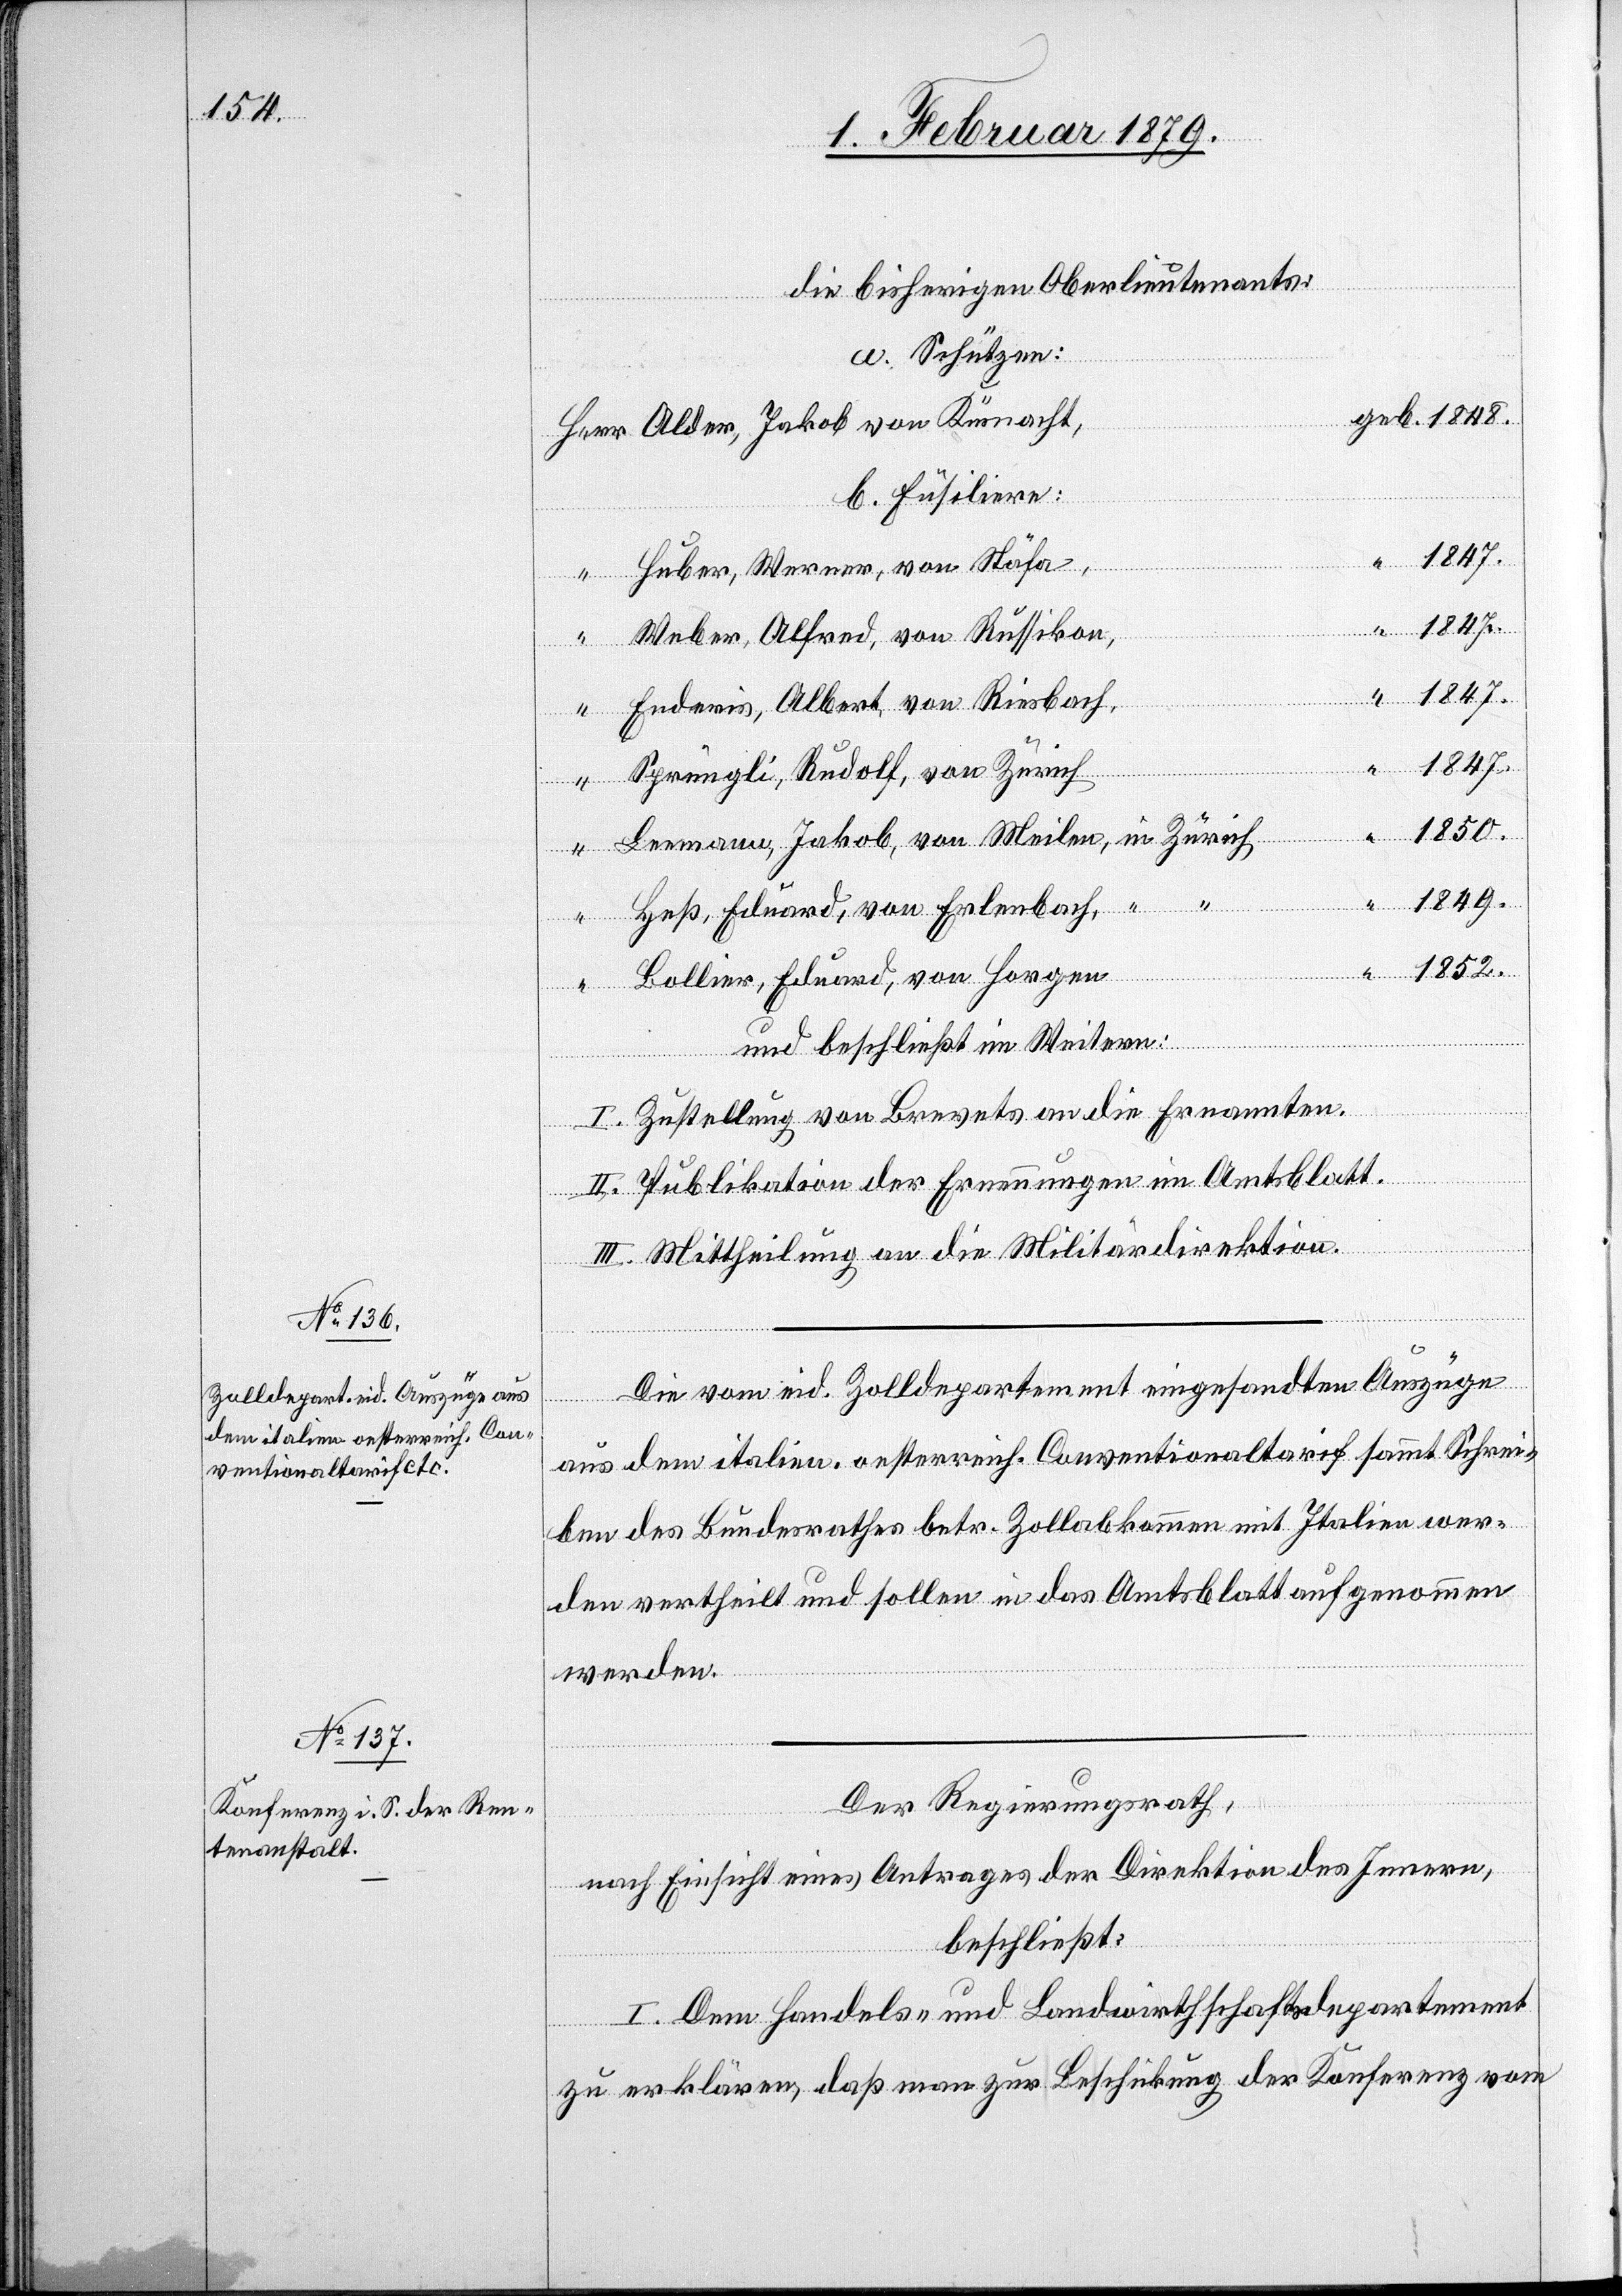
die bisherigen Oberlieutenants:
a. Schützen:
Alder, Jakob von Küsnacht,
b. Füsiliere:
“
Huber, Werner, von Stäfa,
1847.
Weber, Alfred, von Russikon,
Herr
Enderis, Albert, von Riesbach,
“
1847.
“
Sprüngli, Rudolf, von Zürich,
1850.
Leemann, Jakob, von Meilen, in Zürich,
1849.
Heß, Eduard, von Erlenbach, “ “
geb.
1852.
Bollier, Eduard, von Horgen
und beschließt im Weitern:
I. Zustellung von Brevets an die Ernannten.
II. Publikation der Ernennungen im Amtsblatt.
III. Mittheilung an die Militärdirektion.
Die vom eid. Zolldepartement eingesandten Auszüge
aus dem italien. oesterreich. Conventionaltarif sammt Schrei¬
ben des Bundesrathes betr. Zollabkommen mit Italien wer¬
den vertheilt und sollen in das Amtsblatt aufgenommen
werden.
Der Regierungsrath,
nach Einsicht eines Antrages der Direktion des Innern,
beschließt:
I. Dem Handels- und Landwirthschaftsdepartement
zu erklären, daß man zur Beschickung der Konferenz vom